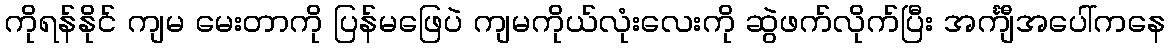
ကိုရန်နိုင် ကျမ မေးတာကို ပြန်မဖြေပဲ ကျမကိုယ်လုံးလေးကို ဆွဲဖက်လိုက်ပြီး အင်္ကျီအပေါ်ကနေ